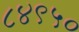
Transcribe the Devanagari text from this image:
८४९५०